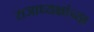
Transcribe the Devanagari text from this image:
राजाध्यक्षांच्या